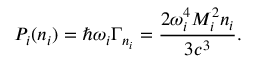
P _ { i } ( n _ { i } ) = \hbar \omega _ { i } \Gamma _ { n _ { i } } = \frac { 2 \omega _ { i } ^ { 4 } M _ { i } ^ { 2 } n _ { i } } { 3 c ^ { 3 } } .